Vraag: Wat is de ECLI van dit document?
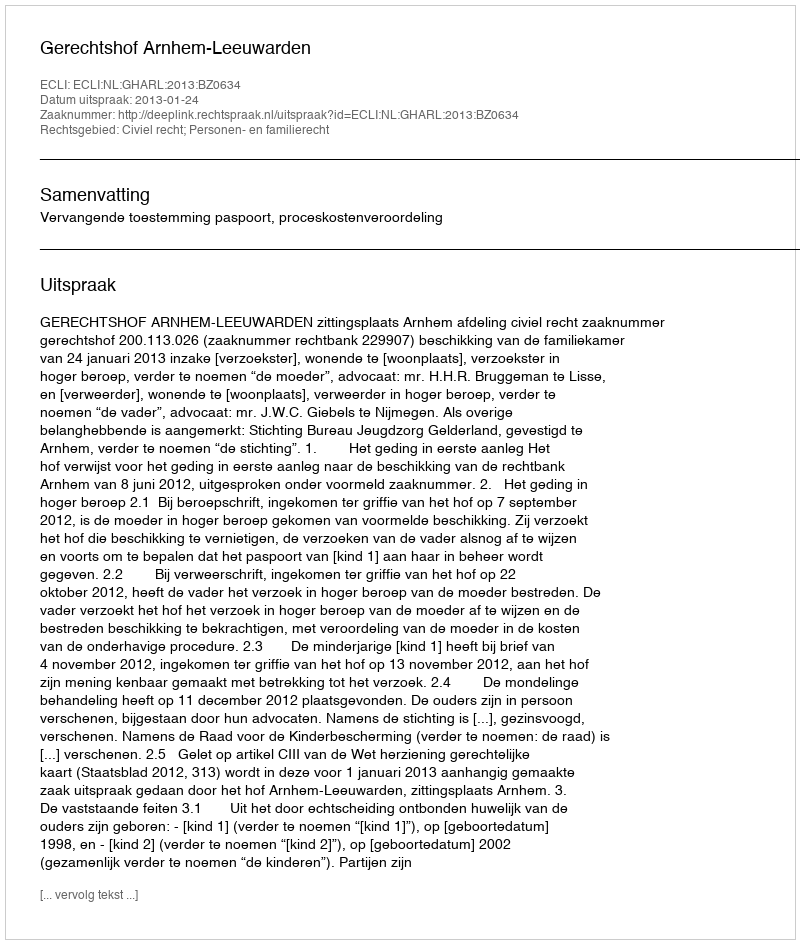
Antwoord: ECLI:NL:GHARL:2013:BZ0634